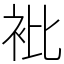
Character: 𧘱